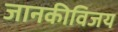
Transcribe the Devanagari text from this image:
जानकीविजय